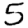
Digit: 5